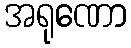
အရုဏော